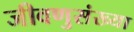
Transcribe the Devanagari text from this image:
जीवणुसंख्या